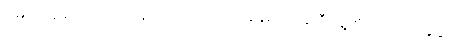
မြေယာမှုခင်း (၁၀၀)ဝန်းကျင်ကို ၂၀၁၂ခုနှစ်ကနေ ဒီနေ့တိုင် ၂၀၂၀ ခုနှစ်